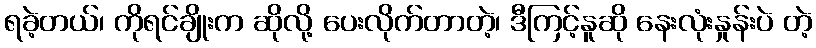
ရခဲ့တယ်၊ ကိုရင်ချိုးက ဆိုလို့ ပေးလိုက်တာတဲ့၊ ဒီကြင့်နူဆို နေးလုံးနှုန်းပဲ တဲ့